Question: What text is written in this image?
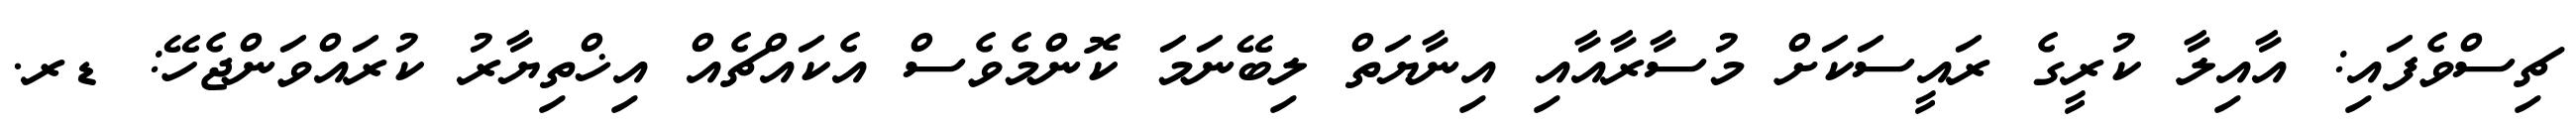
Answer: ޗިސްވެފައި: އާއިލާ ކުރީގެ ރައީސަކަށް މުސާރާއާއި އިނާޔަތް ލިބޭނަމަ ކޮންމެވެސް އެކައްޗެއް އިޚްތިޔާރު ކުރައްވަންޖެހޭ: ޑރ.